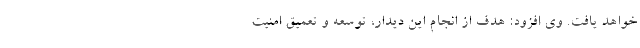
خواهد یافت. وی افزود: هدف از انجام این دیدار، توسعه و تعمیق امنیت